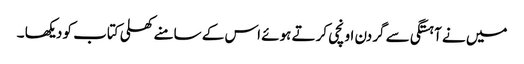
میں نے آہستگی سے گردن اونچی کرتے ہوئے اس کے سامنے کھلی کتاب کو دیکھا ۔